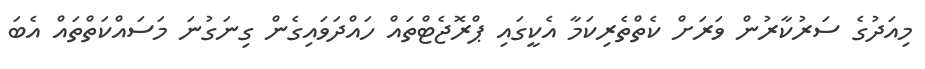
މިއަދުގެ ސަރުކާރުން ވަރަށް ކެތްތެރިކަމާ އެކީގައި ޕްރޮޖެޓްތައް ހައްދަވައިގެން ގިނަގުނަ މަސައްކަތްތައް އެބަ